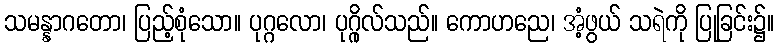
သမန္နာဂတော၊ ပြည့်စုံသော။ ပုဂ္ဂလော၊ ပုဂ္ဂိုလ်သည်။ ကောဟညေ၊ အံ့ဖွယ် သရဲကို ပြုခြင်း၌။